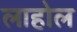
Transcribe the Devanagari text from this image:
लाहोल